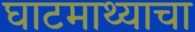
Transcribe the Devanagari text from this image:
घाटमाथ्याचा